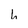
Character: b